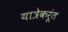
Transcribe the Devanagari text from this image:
यात्रेकरूंत